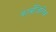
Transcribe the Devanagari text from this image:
कार्बोजिलिक